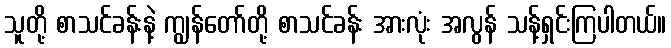
သူတို့ စာသင်ခန်းနဲ့ ကျွန်တော်တို့ စာသင်ခန်း အားလုံး အလွန် သန့်ရှင်းကြပါတယ်။